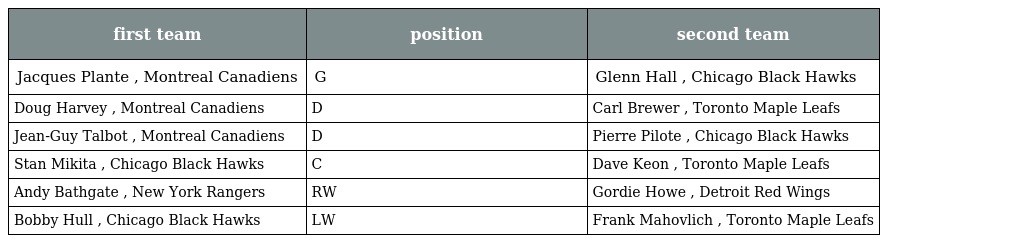
| first team | position | second team |
 | --- | --- | --- |
 | Jacques Plante , Montreal Canadiens | G | Glenn Hall , Chicago Black Hawks |
 | Doug Harvey , Montreal Canadiens | D | Carl Brewer , Toronto Maple Leafs |
 | Jean-Guy Talbot , Montreal Canadiens | D | Pierre Pilote , Chicago Black Hawks |
 | Stan Mikita , Chicago Black Hawks | C | Dave Keon , Toronto Maple Leafs |
 | Andy Bathgate , New York Rangers | RW | Gordie Howe , Detroit Red Wings |
 | Bobby Hull , Chicago Black Hawks | LW | Frank Mahovlich , Toronto Maple Leafs |